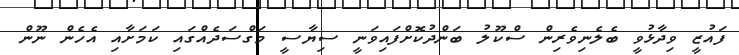
ފައުޒީ ވިދާޅުވީ ބެލެނިވެރިން ސްކޫލު ބަންދުކޮށްފައިވަނީ ސިޔާސީ މަގްސަދެއްގައި ކަމަށާއި އެހެން ނޫން